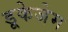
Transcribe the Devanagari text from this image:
डूकेजेम